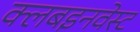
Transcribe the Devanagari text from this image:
क्लबइनवेस्ट